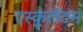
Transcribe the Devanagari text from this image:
एस्कुलेंटम